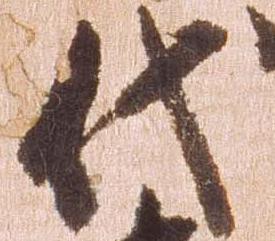
代